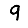
Digit: 9